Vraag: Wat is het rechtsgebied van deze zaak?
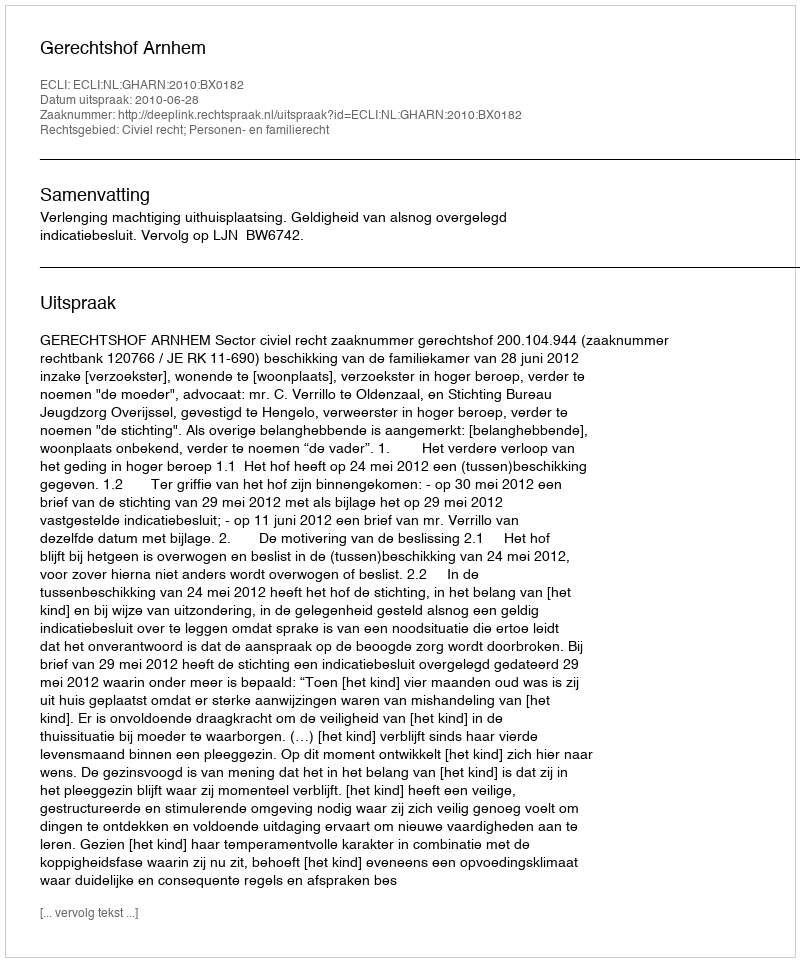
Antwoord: Civiel recht; Personen- en familierecht